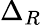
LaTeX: \Delta_{R}